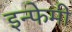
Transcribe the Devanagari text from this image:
इन्फेमी